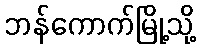
ဘန်ကောက်မြို့သို့